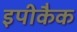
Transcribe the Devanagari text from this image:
इपीकैक